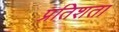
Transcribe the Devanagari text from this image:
प्रतिशता